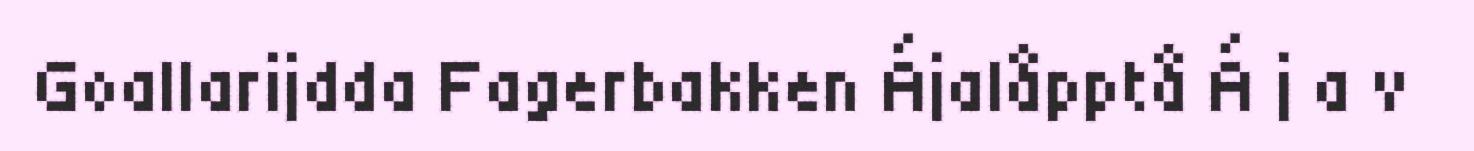
Goallarijdda Fagerbakken Ájalåpptå Á j a v